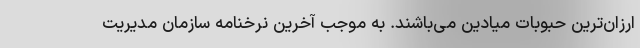
ارزان‌ترین حبوبات میادین می‌باشند. به موجب آخرین نرخنامه سازمان مدیریت